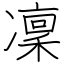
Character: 凜